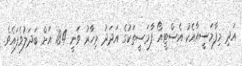
އަދި މިފާމަސީއާއެކު އެސްޓީއޯ ފާމަސީތަކުގެ އަދަދު މިހާރު ވަނީ 184 އަށް ބަދަލުވެފައެވެ.